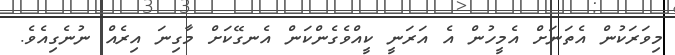
މިވަރަކުން އެތަނަށް އެމީހުން އެ އަރަނީ ކީއްވެގެންކަން އެނގޭކަށް މާގިނަ އިރެއް ނުނެގިއެވެ.